Annual report of the Central Committee of the Association together with the report of the directors of the Pasteur Institute at Kasauli
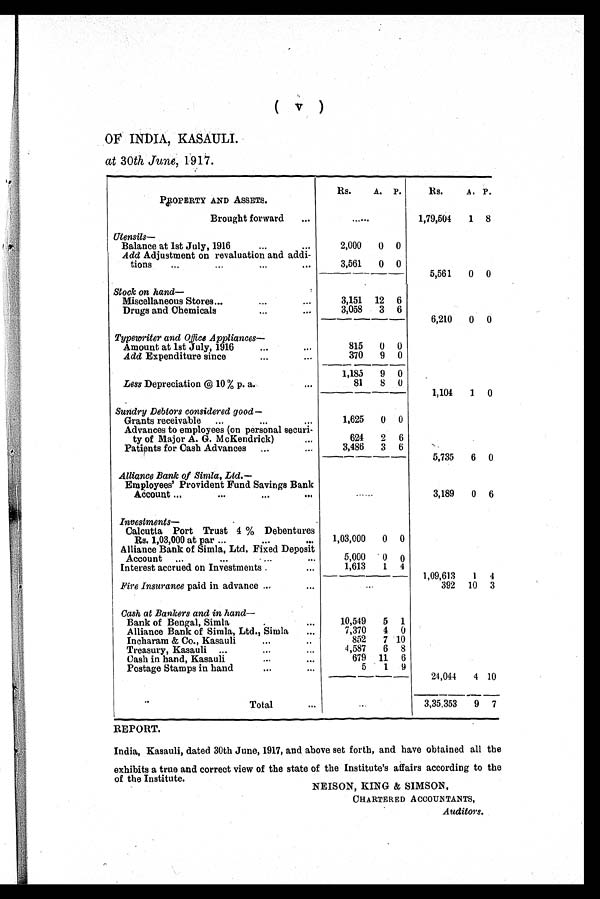
(v)
OF INDIA, KASAULI.
at 30th June, 1917.
PROPERTY AND ASSETS.
Rs.
A. P.
Rs.
A. P.
Brought forward
......
1,79,504
1 8
Utensils—
Balance at 1st July, 1916
2,000
0 0
Add Adjustment on revaluation and addi-
tions
3,561
0 0
5,561
0 0
Stock on hand—
Miscellaneous Stores
3,151 12 6
Drugs and Chemicals
3,058
3 6
6,210
0 0
Typewriter and Office Appliances—
Amount at 1st July, 1916
815
0 ()
Add Expenditure since
370
9 0
1 , 1 8 5 9 0
Less Depreciation @ 10 % p. a.
81
8 0
--
1,104
1 0
Sundry Debtors considered good—
Grants receivable
1,625
0 0
Advances to employees (on personal securi-
ty of Major A. G. McKendrick)
624
2 6
Patients for Cash Advances
3,486
3 6
5,735
6 0
Alliance Bank of Simla, Ltd.—
Employees' Provident Fund Savings Bank
...
Account
3,189
0 6
Investments—
Calcutta Port Trust 4 % Debentures
Rs. 1,03,000 at par
1,03,000
0 0
Alliance Bank of Simla, Ltd. Fixed Deposit
Account
5,000
0 0
Interest accrued on Investments ....
1,613
1 4
1,09,613
1 4
Fire Insurance paid in advance
...
392 10 3
Cash at Bankers and in hand—
Bank of Bengal, Simla
10,549
5 1
Alliance Bank of Simla, Ltd., Simla
7,370
4 0
Incharam & Co., Kasauli
852
7 10
Treasury, Kasauli
4,587
6 8
Cash in hand, Kasauli
679 11 6
Postage Stamps in hand
5
1 9
24,044
4 10
Total
3 , 3 5 , 3 5 3 9 7
REPORT.
India, Kasauli, dated 30th June, 1917, and above set forth, and have obtained all the
exhibits a true and correct view of the state of the Institute's affairs according to the
of the Institute.
NEISON, KING & SIMSON,
CHARTERED ACCOUNTANTS,
Auditors.